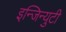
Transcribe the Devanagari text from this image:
इन्जिन्युटी